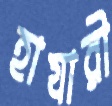
হাযারী